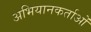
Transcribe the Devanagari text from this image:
अभियानकर्ताओं